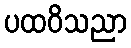
ပထဝိသညာ